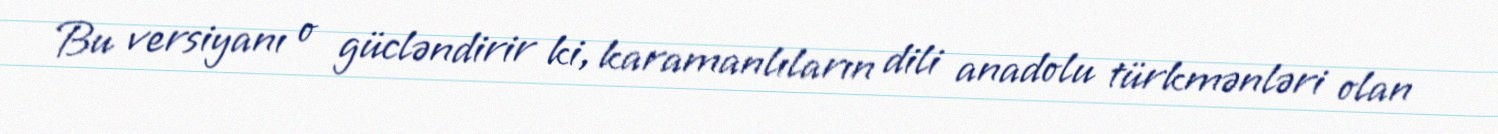
Bu versiyanı o gücləndirir ki, karamanlıların dili anadolu türkmənləri olan